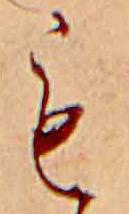
も